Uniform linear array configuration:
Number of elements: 4
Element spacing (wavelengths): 0.75
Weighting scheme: binomial
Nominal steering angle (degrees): -45
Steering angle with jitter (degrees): -43.767
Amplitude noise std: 0.05
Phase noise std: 0.05

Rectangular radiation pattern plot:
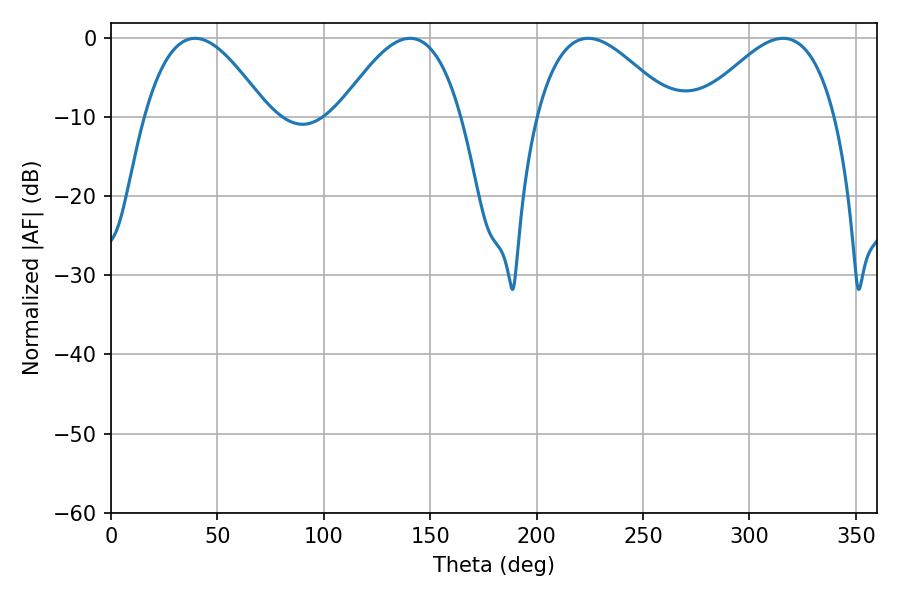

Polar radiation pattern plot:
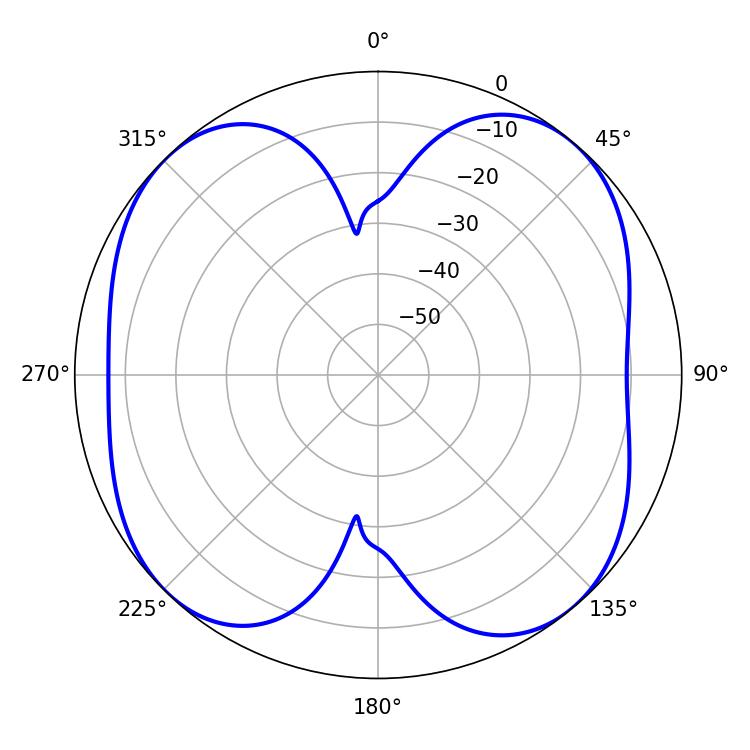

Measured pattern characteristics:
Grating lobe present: TRUE
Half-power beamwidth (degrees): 34.92
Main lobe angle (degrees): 224.28